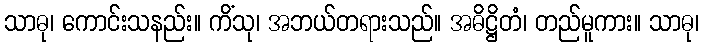
သာဓု၊ ကောင်းသနည်း။ ကိံသု၊ အဘယ်တရားသည်။ အဓိဋ္ဌိတံ၊ တည်မူကား။ သာဓု၊